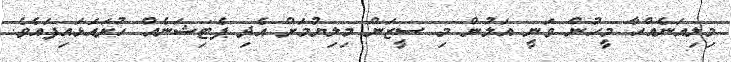
މިލިއަނެއްހާ މީހުން ވަނީ އަލުން މި ސީޒަން މިލިޔުމަށް އެދި ޕެޓިޝަނެއް ހުށައަޅައިފައެވެ.